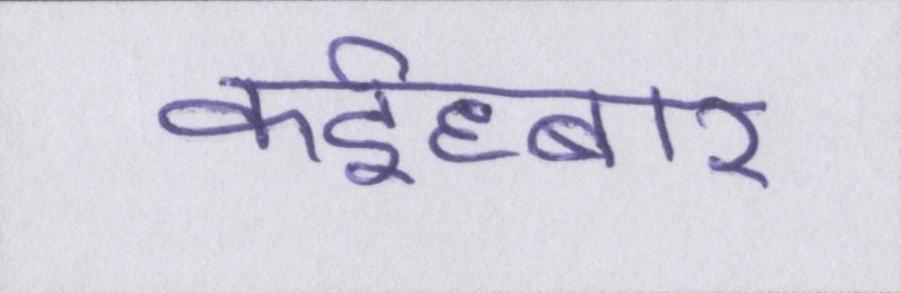
कईघ्बार